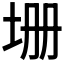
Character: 𡊢